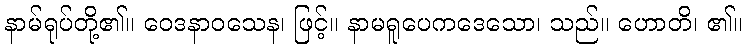
နာမ်ရုပ်တို့၏။ ဝေဒနာဝသေန၊ ဖြင့်။ နာမရူပေကဒေသော၊ သည်။ ဟောတိ၊ ၏။